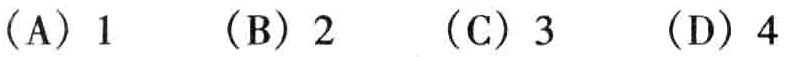
（A）1  （B）2  （C）3  （D）4